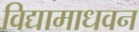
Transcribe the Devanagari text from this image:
विद्यामाधवन